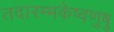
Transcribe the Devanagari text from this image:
तदारम्भकेष्वणुषु